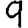
Digit: 9